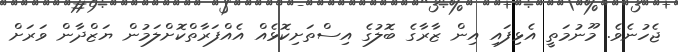
ޖެހުނެވެ. މޫނުމަތީ އެޅިފައި އިން ޒާރާގެ ބޮލުގެ އިސްތަށިކޮޅެއް އެއްފަރާތްކޮށްލަމުން ޔަޒްދާން ވަރަށް